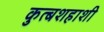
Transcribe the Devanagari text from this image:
कुत्बशहाशी